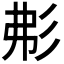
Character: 𢒍